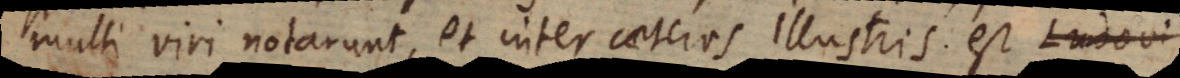
multi viri notarunt, et inter caeteros illustris est Ludovi